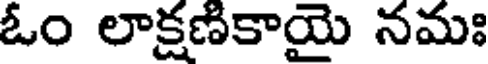
ఓం లాక్షణికాయై నమః